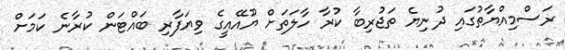
ރަސްމިއްޔާތުގައި ދުނިޔެ ތަޖުރިބާ ކުރާ ހާލަތަށް ޔޫއޭއީގެ ވިޔަފާރި ބައްޓަން ކުރާނެ ކަމަށް